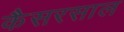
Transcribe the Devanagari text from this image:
कैसरसाल